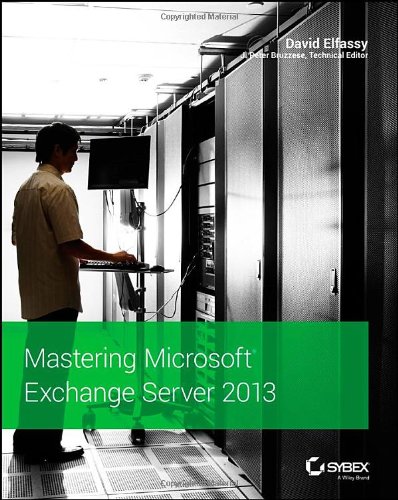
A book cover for Mastering Microsoft Exchange Server 2013; David Elfassy; Computers & Technology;